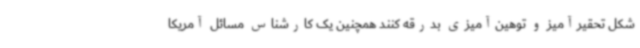
شکل تحقیرآمیز و توهین‌آمیزی بدرقه کنند همچنین یک کارشناس مسائل آمریکا